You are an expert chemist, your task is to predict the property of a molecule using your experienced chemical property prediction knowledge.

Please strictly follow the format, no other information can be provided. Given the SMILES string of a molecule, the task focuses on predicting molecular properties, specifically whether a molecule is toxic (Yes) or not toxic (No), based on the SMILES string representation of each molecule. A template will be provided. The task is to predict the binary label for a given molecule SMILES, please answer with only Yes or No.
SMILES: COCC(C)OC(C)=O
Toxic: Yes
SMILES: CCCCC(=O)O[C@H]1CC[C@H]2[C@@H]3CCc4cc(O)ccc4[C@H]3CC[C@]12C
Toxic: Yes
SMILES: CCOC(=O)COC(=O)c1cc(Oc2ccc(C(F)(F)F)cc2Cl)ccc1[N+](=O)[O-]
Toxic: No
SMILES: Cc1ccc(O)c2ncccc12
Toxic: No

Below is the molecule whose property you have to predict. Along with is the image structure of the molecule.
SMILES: C=CCn1c(=O)n([C@@H]2O[C@H](CO)[C@@H](O)[C@H]2O)c2nc(N)[nH]c(=O)c21
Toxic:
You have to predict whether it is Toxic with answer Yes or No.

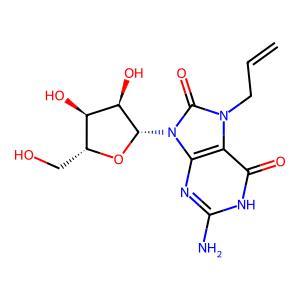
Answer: No